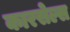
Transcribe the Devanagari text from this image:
कारसेल्स